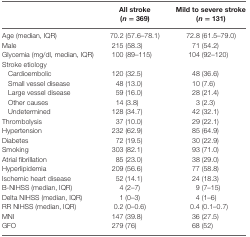
<table><thead><tr><td></td><td><b>All stroke (<i>n</i> = 369)</b></td><td><b>Mild to severe stroke (<i>n</i> = 131)</b></td></tr></thead><tbody><tr><td>Age (median, IQR)</td><td>70.2 (57.6–78.1)</td><td>72.8 (61.5–79.0)</td></tr><tr><td>Male</td><td>215 (58.3)</td><td>71 (54.2)</td></tr><tr><td>Glycemia (mg/dl, median, IQR)</td><td>100 (89–115)</td><td>104 (92–120)</td></tr><tr><td colspan="3">Stroke etiology</td></tr><tr><td> Cardioembolic</td><td>120 (32.5)</td><td>48 (36.6)</td></tr><tr><td> Small vessel disease</td><td>48 (13.0)</td><td>10 (7.6)</td></tr><tr><td> Large vessel disease</td><td>59 (16.0)</td><td>28 (21.4)</td></tr><tr><td> Other causes</td><td>14 (3.8)</td><td>3 (2.3)</td></tr><tr><td> Undetermined</td><td>128 (34.7)</td><td>42 (32.1)</td></tr><tr><td>Thrombolysis</td><td>37 (10.0)</td><td>29 (22.1)</td></tr><tr><td>Hypertension</td><td>232 (62.9)</td><td>85 (64.9)</td></tr><tr><td>Diabetes</td><td>72 (19.5)</td><td>30 (22.9)</td></tr><tr><td>Smoking</td><td>303 (82.1)</td><td>93 (71.0)</td></tr><tr><td>Atrial fibrillation</td><td>85 (23.0)</td><td>38 (29.0)</td></tr><tr><td>Hyperlipidemia</td><td>209 (56.6)</td><td>77 (58.8)</td></tr><tr><td>Ischemic heart disease</td><td>52 (14.1)</td><td>24 (18.3)</td></tr><tr><td>B-NIHSS (median, IQR)</td><td>4 (2–7)</td><td>9 (7–15)</td></tr><tr><td>Delta NIHSS (median, IQR)</td><td>1 (0–3)</td><td>4 (1–6)</td></tr><tr><td>RR NIHSS (median, IQR)</td><td>0.2 (0–0.6)</td><td>0.4 (0.1–0.7)</td></tr><tr><td>MNI</td><td>147 (39.8)</td><td>36 (27.5)</td></tr><tr><td>GFO</td><td>279 (76)</td><td>68 (52)</td></tr></tbody></table>